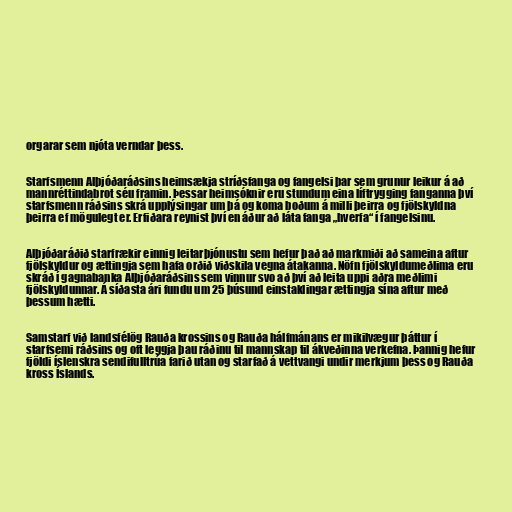
orgarar sem njóta verndar þess.

Starfsmenn Alþjóðaráðsins heimsækja stríðsfanga og fangelsi þar sem grunur leikur á að
mannréttindabrot séu framin. Þessar heimsóknir eru stundum eina líftrygging fanganna því
starfsmenn ráðsins skrá upplýsingar um þá og koma boðum á milli þeirra og fjölskyldna
þeirra ef mögulegt er. Erfiðara reynist því en áður að láta fanga „hverfa“ í fangelsinu.

Alþjóðaráðið starfrækir einnig leitarþjónustu sem hefur það að markmiði að sameina aftur
fjölskyldur og ættingja sem hafa orðið viðskila vegna átakanna. Nöfn fjölskyldumeðlima eru
skráð í gagnabanka Alþjóðaráðsins sem vinnur svo að því að leita uppi aðra meðlimi
fjölskyldunnar. Á síðasta ári fundu um 25 þúsund einstaklingar ættingja sína aftur með
þessum hætti.

Samstarf við landsfélög Rauða krossins og Rauða hálfmánans er mikilvægur þáttur í
starfsemi ráðsins og oft leggja þau ráðinu til mannskap til ákveðinna verkefna. Þannig hefur
fjöldi íslenskra sendifulltrúa farið utan og starfað á vettvangi undir merkjum þess og Rauða
kross Íslands.